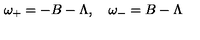
\omega _ { + } = - B - \Lambda , \quad \omega _ { - } = B - \Lambda